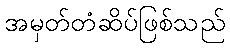
အမှတ်တံဆိပ်ဖြစ်သည်